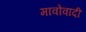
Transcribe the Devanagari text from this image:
मावोवादी